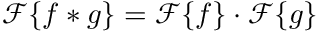
{ \mathcal { F } } \{ f * g \} = { \mathcal { F } } \{ f \} \cdot { \mathcal { F } } \{ g \}